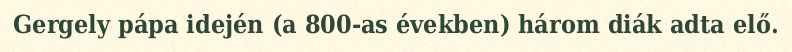
Gergely pápa idején (a 800-as években) három diák adta elő.